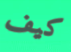
كيف